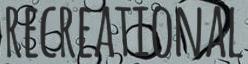
RECREATIONAL